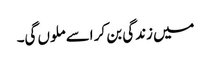
میں زندگی بن کر اسے ملوں گی۔